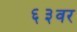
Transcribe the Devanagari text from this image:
६३वर